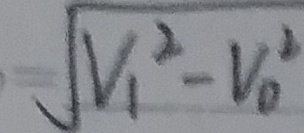
\sqrt { V _ { 1 } ^ { 2 } - V _ { 0 } ^ { 2 } }